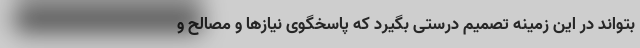
بتواند در این زمینه تصمیم درستی بگیرد که پاسخگوی نیازها و مصالح و